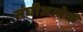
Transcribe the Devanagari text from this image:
संघीअत्येक